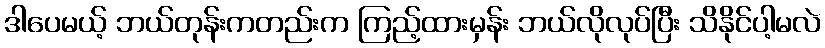
ဒါပေမယ့် ဘယ်တုန်းကတည်းက ကြည့်ထားမှန်း ဘယ်လိုလုပ်ပြီး သိနိုင်ပါ့မလဲ